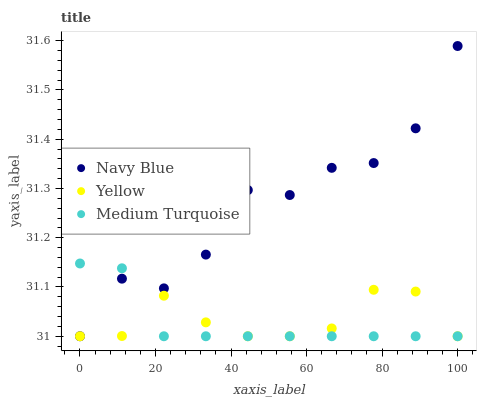
| xaxis_label | Navy Blue | Yellow | Medium Turquoise |
 | --- | --- | --- | --- |
 | 0 | 31 | 31 | 31.1 |
 | 11.1 | 31.1 | 31 | 31.1 |
 | 22.2 | 31.1 | 31.1 | 31 |
 | 33.3 | 31.2 | 31 | 31 |
 | 44.4 | 31.3 | 31 | 31 |
 | 55.6 | 31.3 | 31 | 31 |
 | 66.7 | 31.3 | 31 | 31 |
 | 77.8 | 31.4 | 31.1 | 31 |
 | 88.9 | 31.4 | 31.1 | 31 |
 | 100 | 31.6 | 31 | 31 |